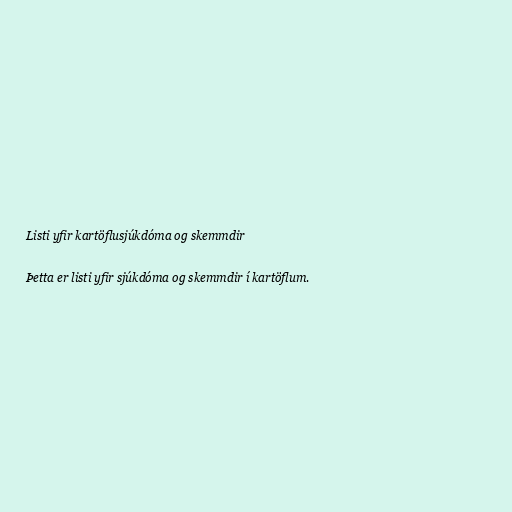
Listi yfir kartöflusjúkdóma og skemmdir

Þetta er listi yfir sjúkdóma og skemmdir í kartöflum.